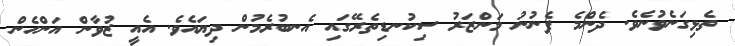
ތެޅިގަނެވުނެވެ. ދެންމެ ފެނުނު މަންޒަރު ސިކުނޑިތެރޭގައި އެނބުރެމުން ދިޔައެވެ. އެއީ ޒުވާން އަންހެން